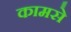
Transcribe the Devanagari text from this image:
कामसे